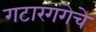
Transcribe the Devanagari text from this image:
गटारगंगेचे